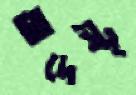
আদেষ্টৃ